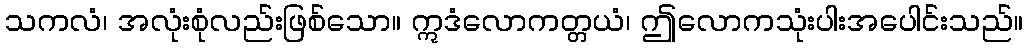
သကလံ၊ အလုံးစုံလည်းဖြစ်သော။ ဣဒံလောကတ္တယံ၊ ဤလောကသုံးပါးအပေါင်းသည်။